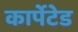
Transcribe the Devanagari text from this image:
कार्पेटेड